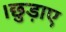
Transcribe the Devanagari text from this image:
।छुड़ाए